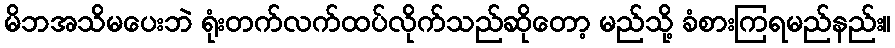
မိဘအသိမပေးဘဲ ရုံးတက်လက်ထပ်လိုက်သည်ဆိုတော့ မည်သို့ ခံစားကြရမည်နည်း။